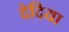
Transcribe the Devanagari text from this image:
देदिया